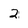
Character: 2